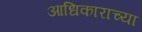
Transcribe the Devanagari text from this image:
आधिकाराच्या